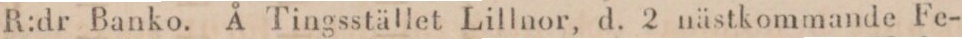
R:dr Banko. Å Tingsstället Lillnor, d. 2 nästkommande Fe-